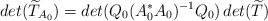
\begin{align*}det(\widetilde{T}_{A_0})=det(Q_0(A_0^*A_0)^{-1}Q_0)\,det(\widetilde{T}) \end{align*}